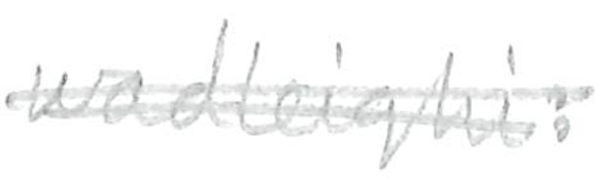
Text: wadleighi:
Cross-out: double-line
Writing tool: pencil